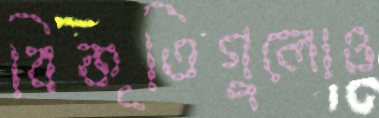
বিকৃতিগুলোও